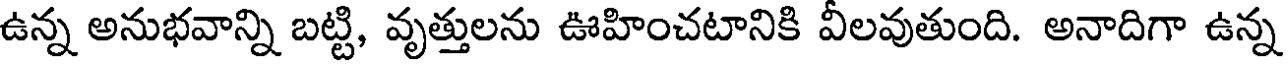
ఉన్న అనుభవాన్ని బట్టి, వృత్తులను ఊహించటానికి వీలవుతుంది. అనాదిగా ఉన్న